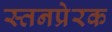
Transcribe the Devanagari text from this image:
स्तनप्रेरक